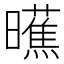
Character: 𬁞